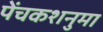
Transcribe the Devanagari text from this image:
पेंचकशनुमा